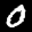
Label: 0